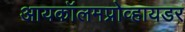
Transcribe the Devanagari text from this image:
आयकॉलमप्रोव्हायडर